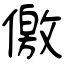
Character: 儌